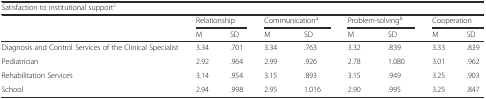
<table><thead><tr><td colspan="9"><b>Satisfaction to institutional support<sup>c</sup></b></td></tr><tr><td></td><td colspan="2"><b>Relationship</b></td><td colspan="2"><b>Communication<sup>a</sup></b></td><td colspan="2"><b>Problem-solving<sup>b</sup></b></td><td colspan="2"><b>Cooperation</b></td></tr><tr><td></td><td><b>M</b></td><td><b>SD</b></td><td><b>M</b></td><td><b>SD</b></td><td><b>M</b></td><td><b>SD</b></td><td><b>M</b></td><td><b>SD</b></td></tr></thead><tbody><tr><td>Diagnosis and Control Services of the Clinical Specialist</td><td>3.34</td><td>.701</td><td>3.34</td><td>.763</td><td>3.32</td><td>.839</td><td>3.33</td><td>.839</td></tr><tr><td>Pediatrician</td><td>2.92</td><td>.964</td><td>2.99</td><td>.926</td><td>2.78</td><td>1.080</td><td>3.01</td><td>.962</td></tr><tr><td>Rehabilitation Services</td><td>3.14</td><td>.954</td><td>3.15</td><td>.893</td><td>3.15</td><td>.949</td><td>3.25</td><td>.903</td></tr><tr><td>School</td><td>2.94</td><td>.998</td><td>2.95</td><td>1.016</td><td>2.90</td><td>.995</td><td>3.25</td><td>.847</td></tr></tbody></table>